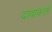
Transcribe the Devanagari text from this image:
दावाकर्त्ता